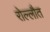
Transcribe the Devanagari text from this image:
रोल्लौत